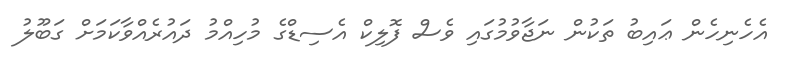
އެހެނިހެން ޢައިބު ތަކުން ނަޖާވުމުގައި ވެސް ފޮލިކް އެސިޑްގެ މުހިއްމު ދައުރެއްވާކަމަށް ގަބޫލު